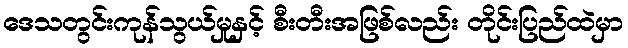
ဒေသတွင်းကုန်သွယ်မှုနှင့် စီးတီးအဖြစ်လည်း တိုင်းပြည်ထဲမှာ